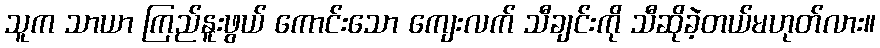
သူက သာယာ ကြည်နူးဖွယ် ကောင်းသော ကျေးလက် သီချင်းကို သီဆိုခဲ့တယ်မဟုတ်လား။